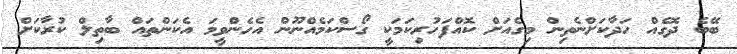
ބޭބެ ދޮގެއް ހަދާކަށްނެތިން މިގެއަށް ކޮއްފަހުރިކަމަކީ ގޯސްކަމެއްނޫން އެހެންވީމަ އެކަންތައް ބާތިލް ކުރާކަށް